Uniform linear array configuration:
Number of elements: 16
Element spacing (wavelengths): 0.25
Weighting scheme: hamming
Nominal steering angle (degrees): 60
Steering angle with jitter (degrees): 59.898
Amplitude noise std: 0.05
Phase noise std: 0.05

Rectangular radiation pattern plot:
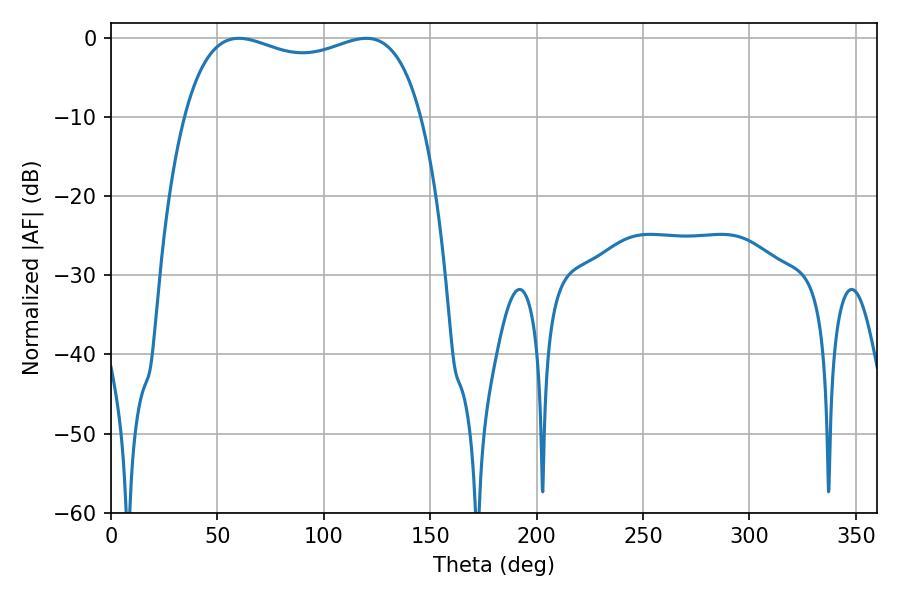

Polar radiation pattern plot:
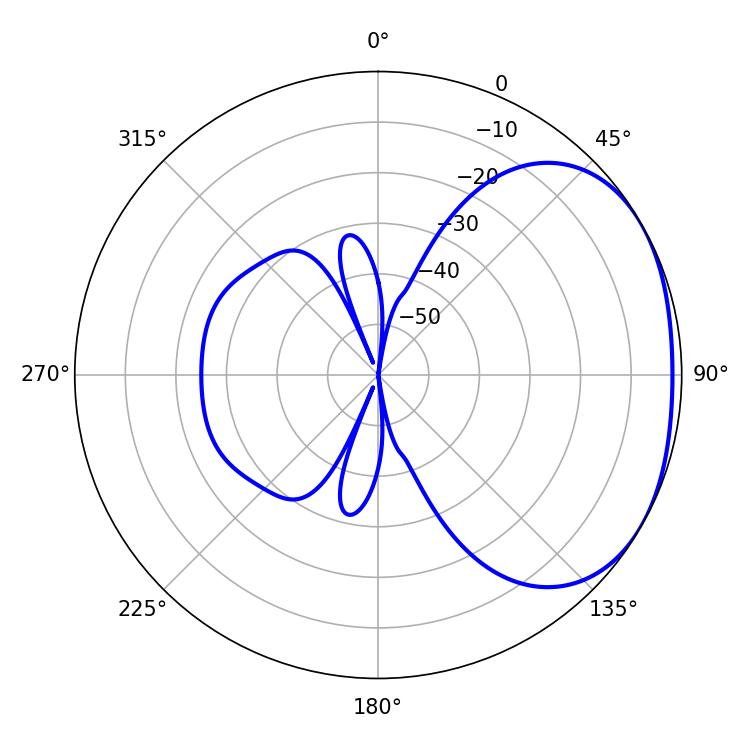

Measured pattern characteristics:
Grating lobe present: FALSE
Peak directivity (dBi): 2.112
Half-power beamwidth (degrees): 91.44
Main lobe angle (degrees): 60.12